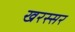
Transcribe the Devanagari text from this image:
खरस्सर